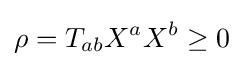
\rho =T_{ab}X^{a}X^{b}\geq 0